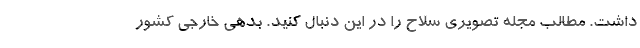
داشت. مطالب مجله تصویری سلاح را در این دنبال کنید. بدهی خارجی کشور